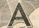

				A